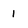
Character: 1